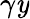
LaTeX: \gamma\mathit{y}